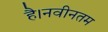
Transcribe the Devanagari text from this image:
है।नवीनतम